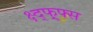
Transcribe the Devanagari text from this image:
क्ष्द्फ्र्फ्स